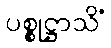
ပစ္စုဋ္ဌာသိံ